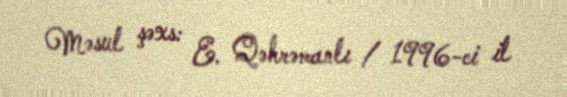
Məsul şəxs: E. Qəhrəmanlı / 1996-ci il